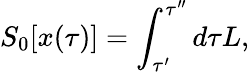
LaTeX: S_{0}[x(\tau)]=\int_{\tau^{\prime}}^{\tau^{\prime\prime}}d\tau L,